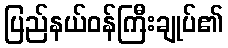
ပြည်နယ်ဝန်ကြီးချုပ်၏